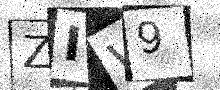
Text: ZIW9